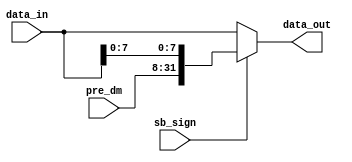
module sb (
    input sb_sign,
    input [31:0]data_in,
    input [23:0]pre_dm,

    output reg[31:0]data_out
);

    always@(*)
    begin
        if(!sb_sign) data_out<=data_in;
        else data_out<={pre_dm,data_in[7:0] };
    end
    
endmodule